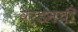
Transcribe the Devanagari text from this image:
वेर्डनची